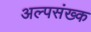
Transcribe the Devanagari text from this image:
अल्पसंख्क